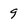
Character: 9